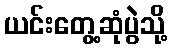
ယင်းတွေ့ဆုံပွဲသို့